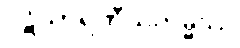
ပဋိသာရဏီယကမ္မဿ